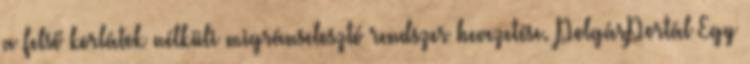
a felső korlátok nélküli migránselosztó rendszer bevezetése. PolgárPortál Egy